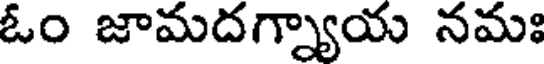
ఓం జామదగ్న్యాయ నమః